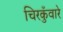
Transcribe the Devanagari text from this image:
चिरकुँवारे